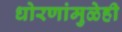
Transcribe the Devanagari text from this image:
धोरणांमुळेही